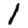
Digit: 1